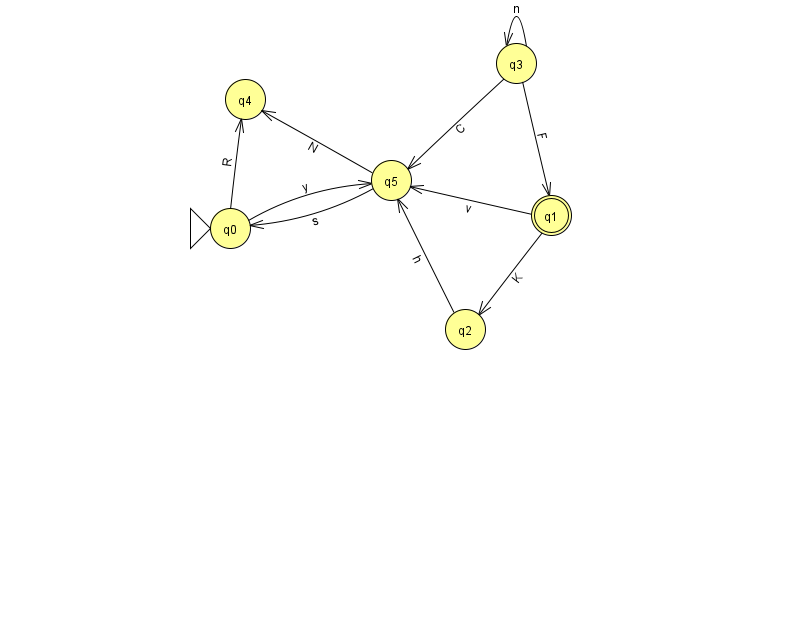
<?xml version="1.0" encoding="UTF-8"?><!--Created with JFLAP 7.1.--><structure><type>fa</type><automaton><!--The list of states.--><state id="0" name="q0"><x>230.0</x><y>215.0</y><initial/></state><state id="1" name="q1"><x>551.0</x><y>202.0</y><final/></state><state id="2" name="q2"><x>465.0</x><y>316.0</y></state><state id="3" name="q3"><x>516.0</x><y>50.0</y></state><state id="4" name="q4"><x>245.0</x><y>86.0</y></state><state id="5" name="q5"><x>391.0</x><y>167.0</y></state><!--The list of transitions.--><transition><from>3</from><to>5</to><read>C</read></transition><transition><from>2</from><to>5</to><read>h</read></transition><transition><from>1</from><to>2</to><read>K</read></transition><transition><from>1</from><to>5</to><read>v</read></transition><transition><from>0</from><to>4</to><read>R</read></transition><transition><from>3</from><to>1</to><read>F</read></transition><transition><from>5</from><to>0</to><read>s</read></transition><transition><from>0</from><to>5</to><read>y</read></transition><transition><from>3</from><to>3</to><read>n</read></transition><transition><from>5</from><to>4</to><read>N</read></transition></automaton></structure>